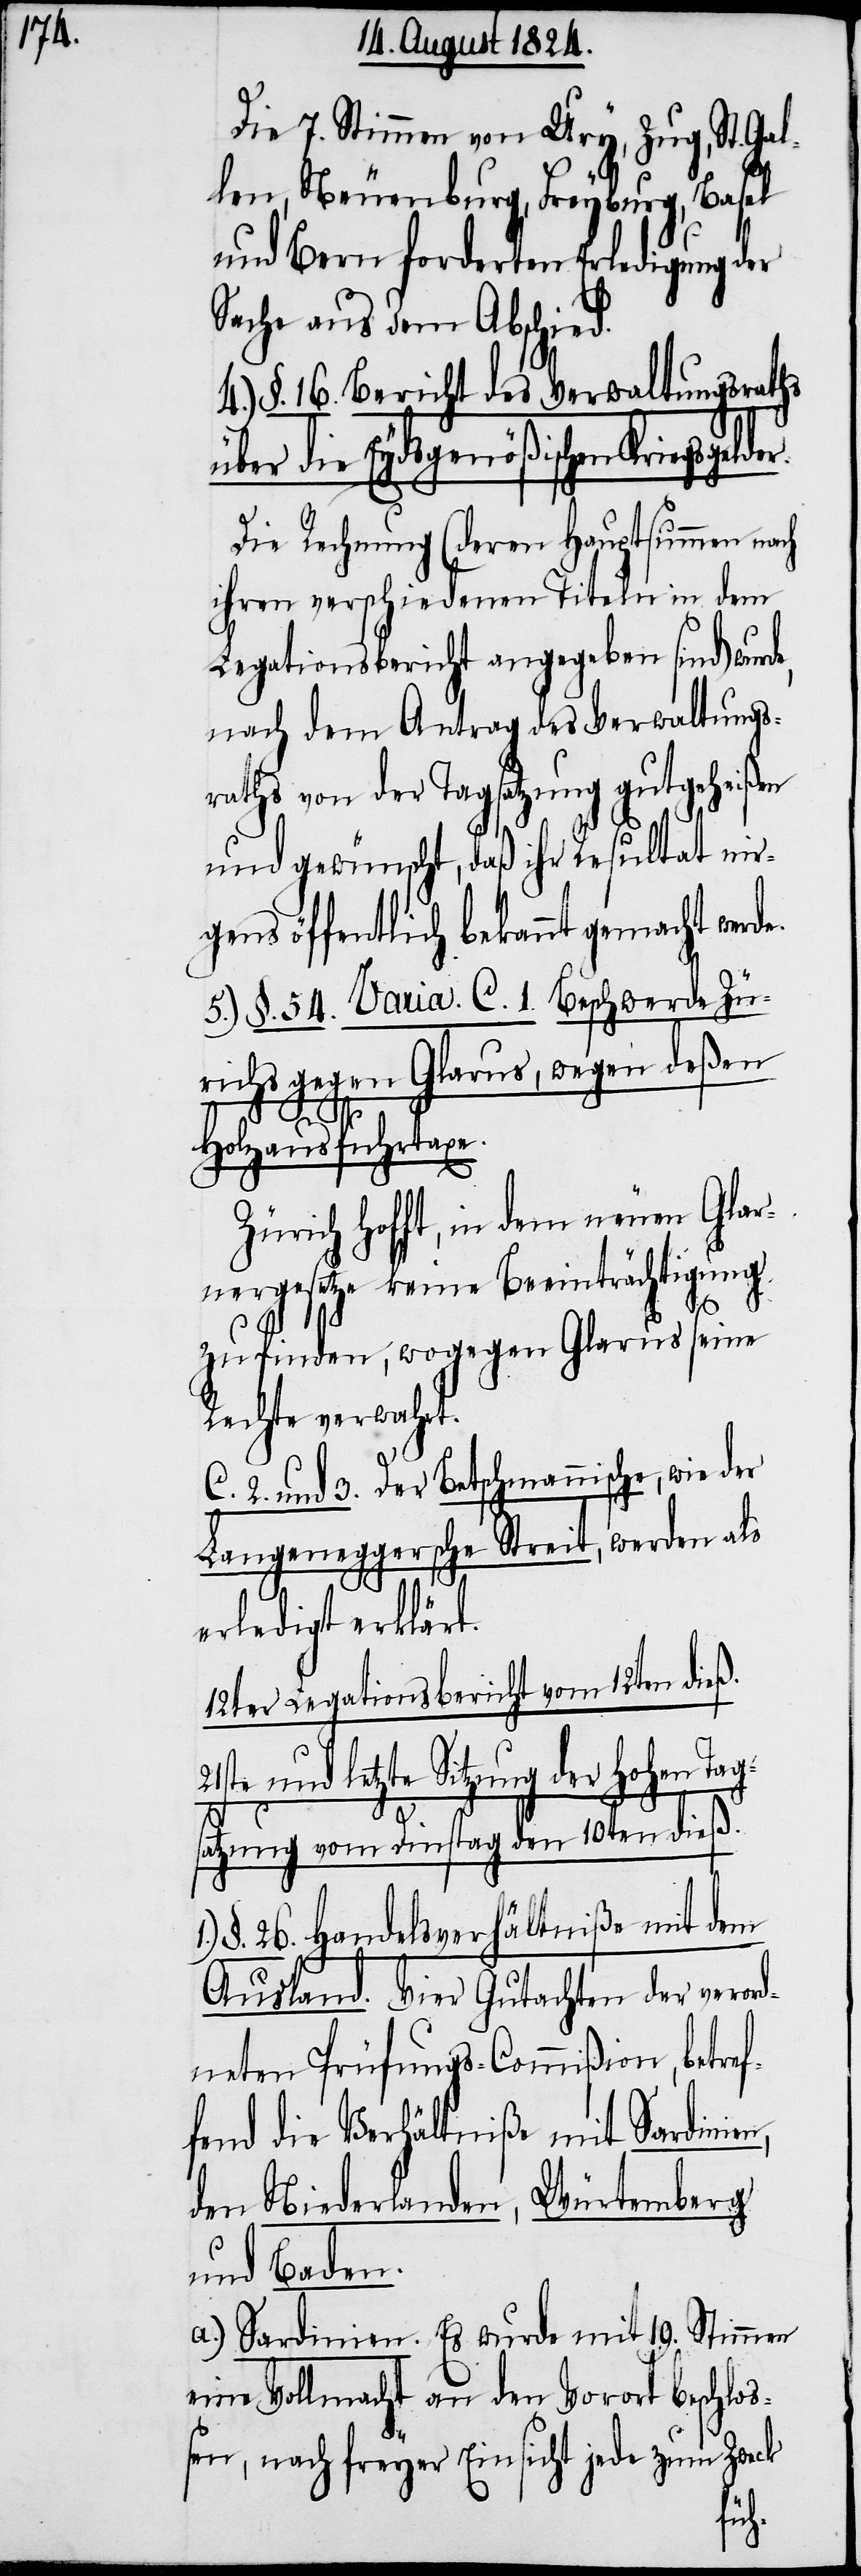
Die 7. Stimmen von Ury, Zug. St. Gal¬
len, Neuenburg, Freyburg, Basel
und Bern forderten Erledigung der
Sache aus dem Abschied.
4.) §. 16. Bericht des Verwaltungsraths
über die Eydsgenößischen Kriegsgel¬
Die Rechnung (deren Hauptsumme nach
ihren verschiedenen Titeln in dem
Legationsbericht angegeben sind) wurd¬
nach dem Antrag des Verwaltungs¬
raths von der Tagsatzung gutgeheißen
und gewünscht, daß ihr Resultat nir¬
gens öffentlich bekannt gemacht werde.
5.) §. 54. Varia. C. 1. Beschwerde Zü¬
richs gegen Glarus, wegen deßen
der.
Holzausfuhrtaxe.
Zürich hofft, in dem neuen Glar¬
nergesetze keine Beeinträchtigung
e,
zu finden, wogegen Glarus seine
Rechte verwahrt.
C. 2. und 3. Der Betschmannische, wie der
Langeneggersche Streit, werden als
erledigt erklärt.
12ter Legationsbericht vom 12ten dieß
te und letzte Sitzung der Hohen Tag¬
satzung vom Dienstag den 10ten dieß.
§. 26. Handelsverhältniße mit dem
Ausland. Vier Gutachten der verord¬
neten Prüfungs-Commißion, betref¬
fend die Verhältniße mit Sardinien,
den Niederlanden, Würtemberg
und Baden.
Stimmen
a.) Sardinien. Es wurde mit 19.
eine Vollmacht an den Vorort beschloß¬
en, nach freyer Einsicht jede zum Zweck
21s¬